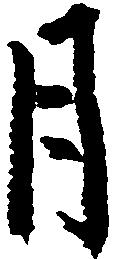
月